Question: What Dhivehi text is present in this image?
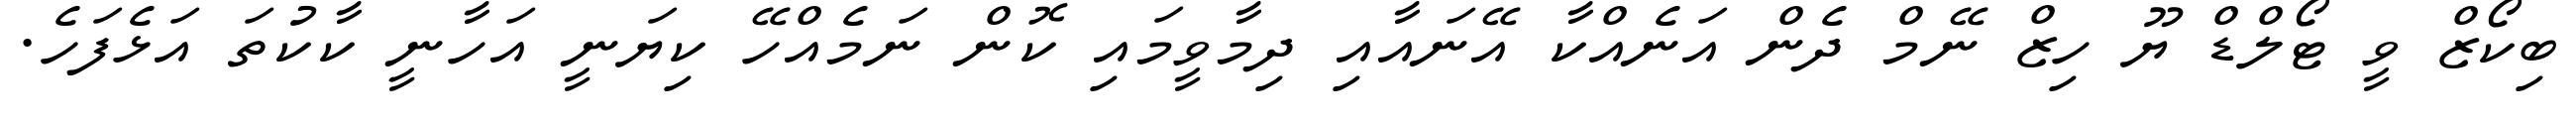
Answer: ބިކޯޒް ވީ ޓޯލްޑް ޔޫ ހިޒް ނޭމް ދެން އަނެއްކާ އޭނައާއި ދިމާވީމައި ކޮން ނަމެއްހޭ ކިޔަނީ އަހާނީ ކާކުތަ އަޅެފަހެ.